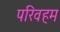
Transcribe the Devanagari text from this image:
परिवहम